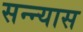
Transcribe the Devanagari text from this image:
सन्न्यास